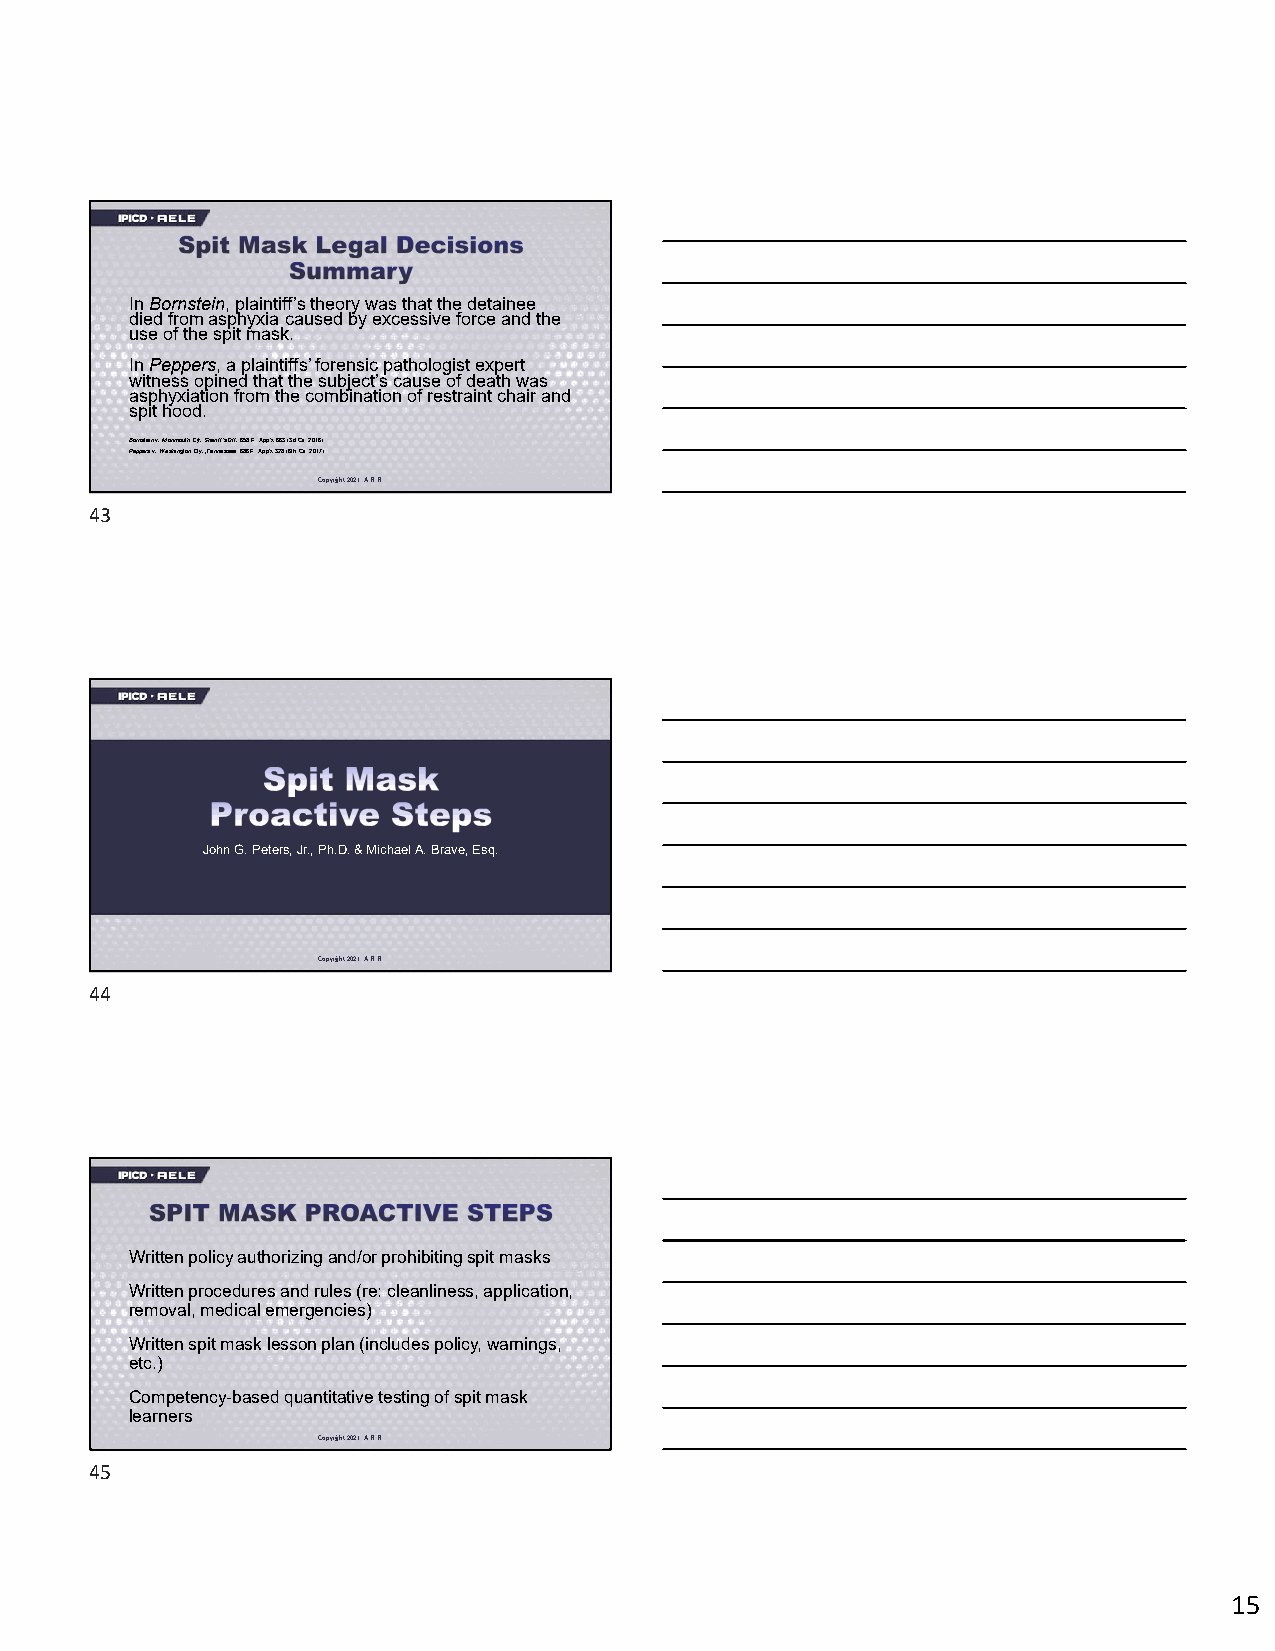
In Bornstein, plaintiff’s theory was that the detainee
 died from asphyxia caused by excessive force and the
 use of the spit mask.
 In Peppers, a plaintiffs’ forensic pathologist expert
 witness opined that the subject’s cause of death was
 asphyxiation from the combination of restraint chair and
 spit hood.
 Bornstein v. Monmouth Cty. Sheriff's Off., 658 F. App'x 663 (3d Cir. 2016).
 Peppers v. Washington Cty., Tennessee, 686 F. App'x 328 (6th Cir. 2017).
 Copyright 2021. A.R.R.
 43
 JJoohhnn GG.. PPeetteerrss,, JJrr..,, PPhh..DD.. && MMiicchhaaeell AA.. BBrraavvee,, EEssqq..
 Copyright 2021. A.R.R.
 44
 Written policy authorizing and/or prohibiting spit masks
 Written procedures and rules (re: cleanliness, application,
 removal, medical emergencies)
 Written spit mask lesson plan (includes policy, warnings,
 etc.)
 Competency-based quantitative testing of spit mask
 learners
 Copyright 2021. A.R.R.
 45
 15